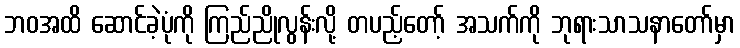
ဘဝအထိ ဆောင်ခဲ့ပုံကို ကြည်ညိုလွန်းလို့ တပည့်တော့် အသက်ကို ဘုရားသာသနာတော်မှာ